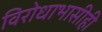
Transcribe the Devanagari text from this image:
विरोधाभासीही